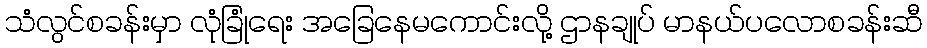
သံလွင်စခန်းမှာ လုံခြုံရေး အခြေနေမကောင်းလို့ ဌာနချုပ် မာနယ်ပလောစခန်းဆီ